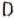
D